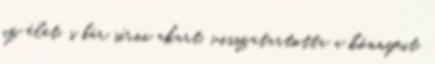
az élet, s bár sírni akart, visszatartotta a könnyeit.